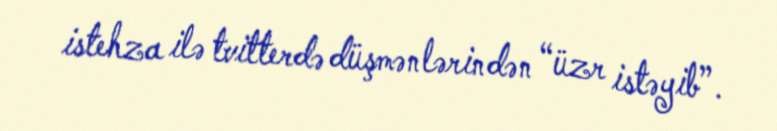
istehza ilə tvitterdə düşmənlərindən “üzr istəyib”.